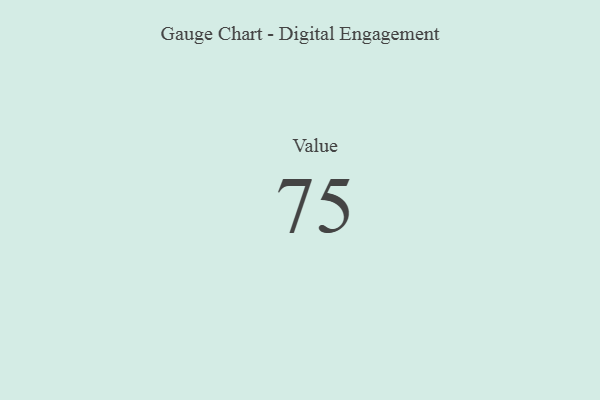
{"axis": {"x": "Metric", "y": "Value"}, "legend": [""], "data": [{"x": "Value", "y": 75, "type": ""}]}